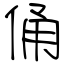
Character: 俑